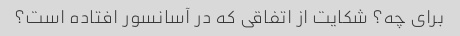
برای چه؟ شکایت از اتفاقی که در آسانسور افتاده است؟